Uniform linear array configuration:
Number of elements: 8
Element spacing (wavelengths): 0.75
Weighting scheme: binomial
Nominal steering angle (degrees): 30
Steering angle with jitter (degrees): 31.099
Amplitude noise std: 0.05
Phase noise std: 0.05

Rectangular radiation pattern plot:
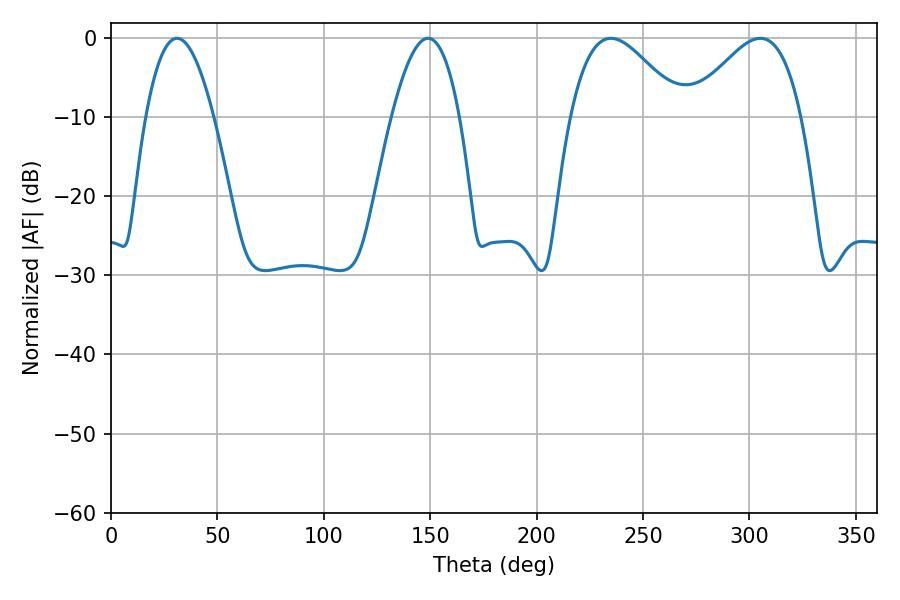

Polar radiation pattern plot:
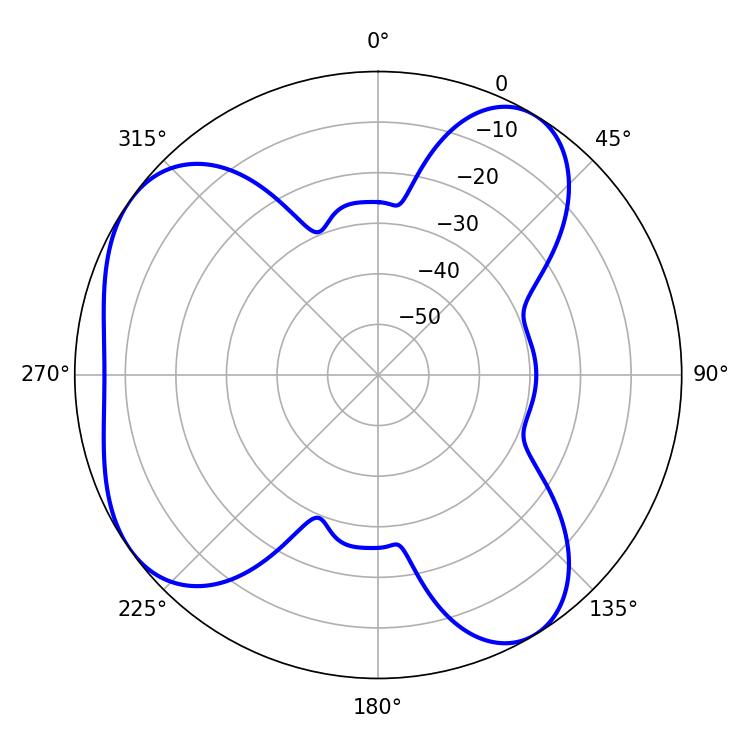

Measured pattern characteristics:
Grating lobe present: TRUE
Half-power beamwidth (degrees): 28.08
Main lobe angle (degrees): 234.9